Sanitation, dispensaries and jails vaccination Rajputana 1922-1927 - 1922-1927
Year: 1922
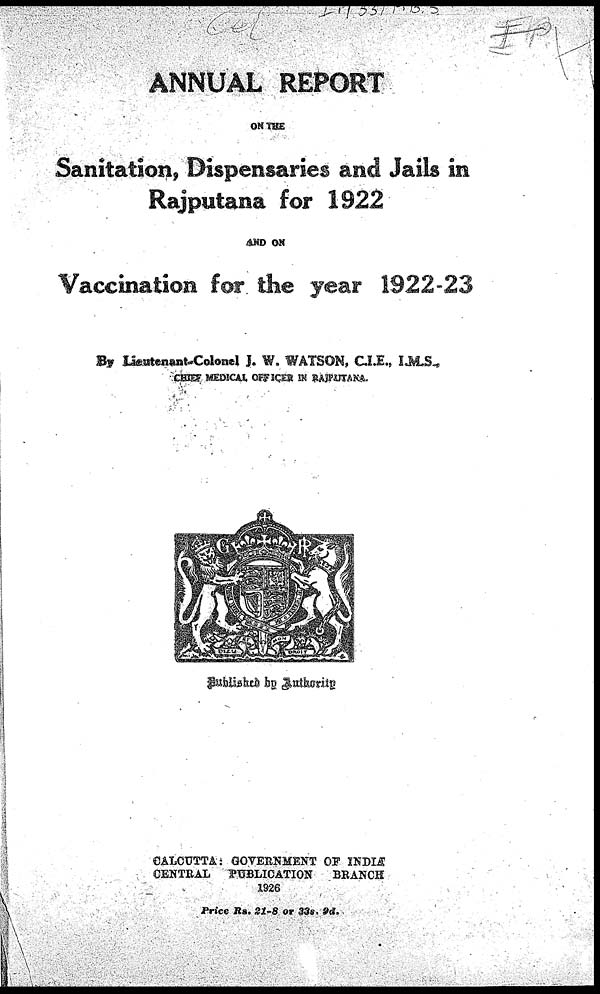
ANNUAL REPORT
ON THE
Sanitation, Dispensaries and Jails in
Rajputana for 1922
AND ON
Vaccination for the year 1922-23
By Lieutenant-Colonel J. W. WATSON, C.I.E., I.M.S.,
CHIEF MEDICAL OFFICER IN RAJPUTANA.
Published by Authority
CALCUTTA: GOVERNMENT OF INDIA
CENTRAL PUBLICATION
BRANCH
1926
Price Rs. 21-8 or 33s. 9d.